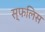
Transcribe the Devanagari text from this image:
स्फलिस